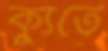
ক্যুতে